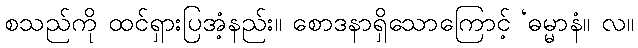
စသည်ကို ထင်ရှားပြအံ့နည်း။ စောဒနာရှိသောကြောင့် ‘ဓမ္မာနံ။ လ။